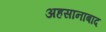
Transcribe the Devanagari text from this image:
अहसानाबाद